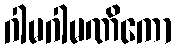
ဂါမဂါမဏိကော